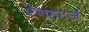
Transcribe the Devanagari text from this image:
रेनहर्ट्ज़